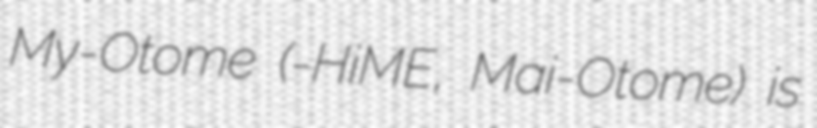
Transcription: My-Otome (舞-乙HiME, Mai-Otome) is